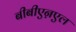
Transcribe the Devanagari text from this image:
बीबीएऩएल